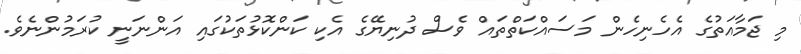
މި ޖަމާއަތުގެ އެހެނިހެން މަސައްކަތްތައް ވެސް ދުނިޔޭގެ އެކި ކަންކޮޅުތަކުގައި އަންނަނީ ކުރަމުންނެވެ.